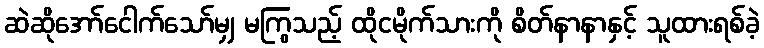
ဆဲဆိုအော်ငေါက်သော်မျှ မကြွသည့် ထိုငမိုက်သားကို စိတ်နာနာနှင့် သူထားရစ်ခဲ့